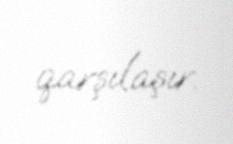
qarşılaşır.